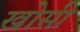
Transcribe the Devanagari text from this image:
खोसी